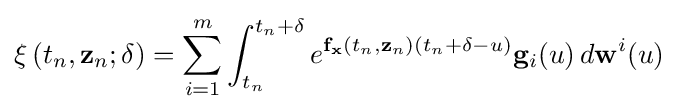
\mathbf {\xi } \left(t_{n},\mathbf {z} _{n};\delta \right)=\sum \limits _{i=1}^{m}\int \nolimits _{t_{n}}^{t_{n}+\delta }e^{\mathbf {f} _{\mathbf {x} }(t_{n},\mathbf {z} _{n})(t_{n}+\delta -u)}\mathbf {g} _{i}(u)\,d\mathbf {w} ^{i}(u)